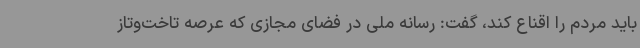
باید مردم را اقناع کند، گفت: رسانه ملی در فضای مجازی که عرصه تاخت‌وتاز